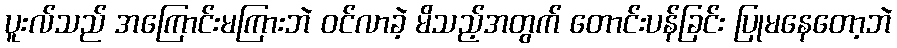
ပူးလ်သည် အကြောင်းမကြားဘဲ ဝင်လာခဲ့ မိသည့်အတွက် တောင်းပန်ခြင်း ပြုမနေတော့ဘဲ